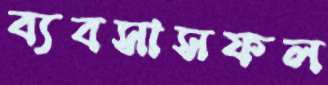
ব্যবসাসফল